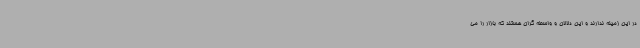
در این زمینه ندارند و این دلالان و واسطه گران هستند که بازار را می